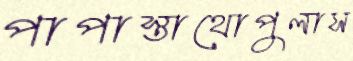
পাপাস্তাথোপুলাস